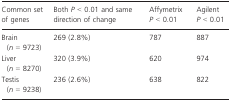
| Common set of genes | Both P < 0.01 and same direction of change | Affymetrix P < 0.01 | Agilent P < 0.01 |
 | --- | --- | --- | --- |
 | Brain (n = 9723) | 269 (2.8%) | 787 | 887 |
 | Liver (n = 8270) | 320 (3.9%) | 620 | 974 |
 | Testis (n = 9238) | 236 (2.6%) | 638 | 822 |